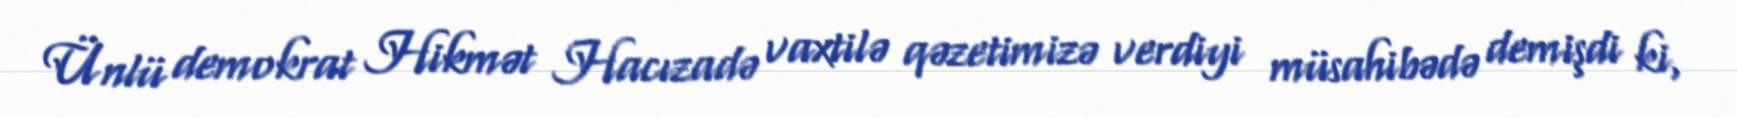
Ünlü demokrat Hikmət Hacızadə vaxtilə qəzetimizə verdiyi müsahibədə demişdi ki,